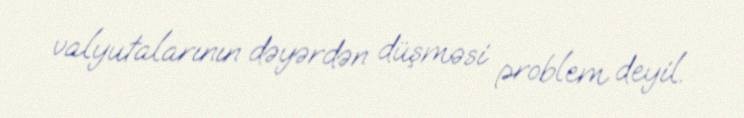
valyutalarının dəyərdən düşməsi problem deyil.